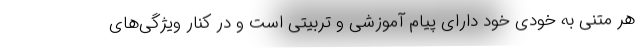
هر متنی به خودی خود دارای پیام آموزشی و تربیتی است و در کنار ویژگی‌های